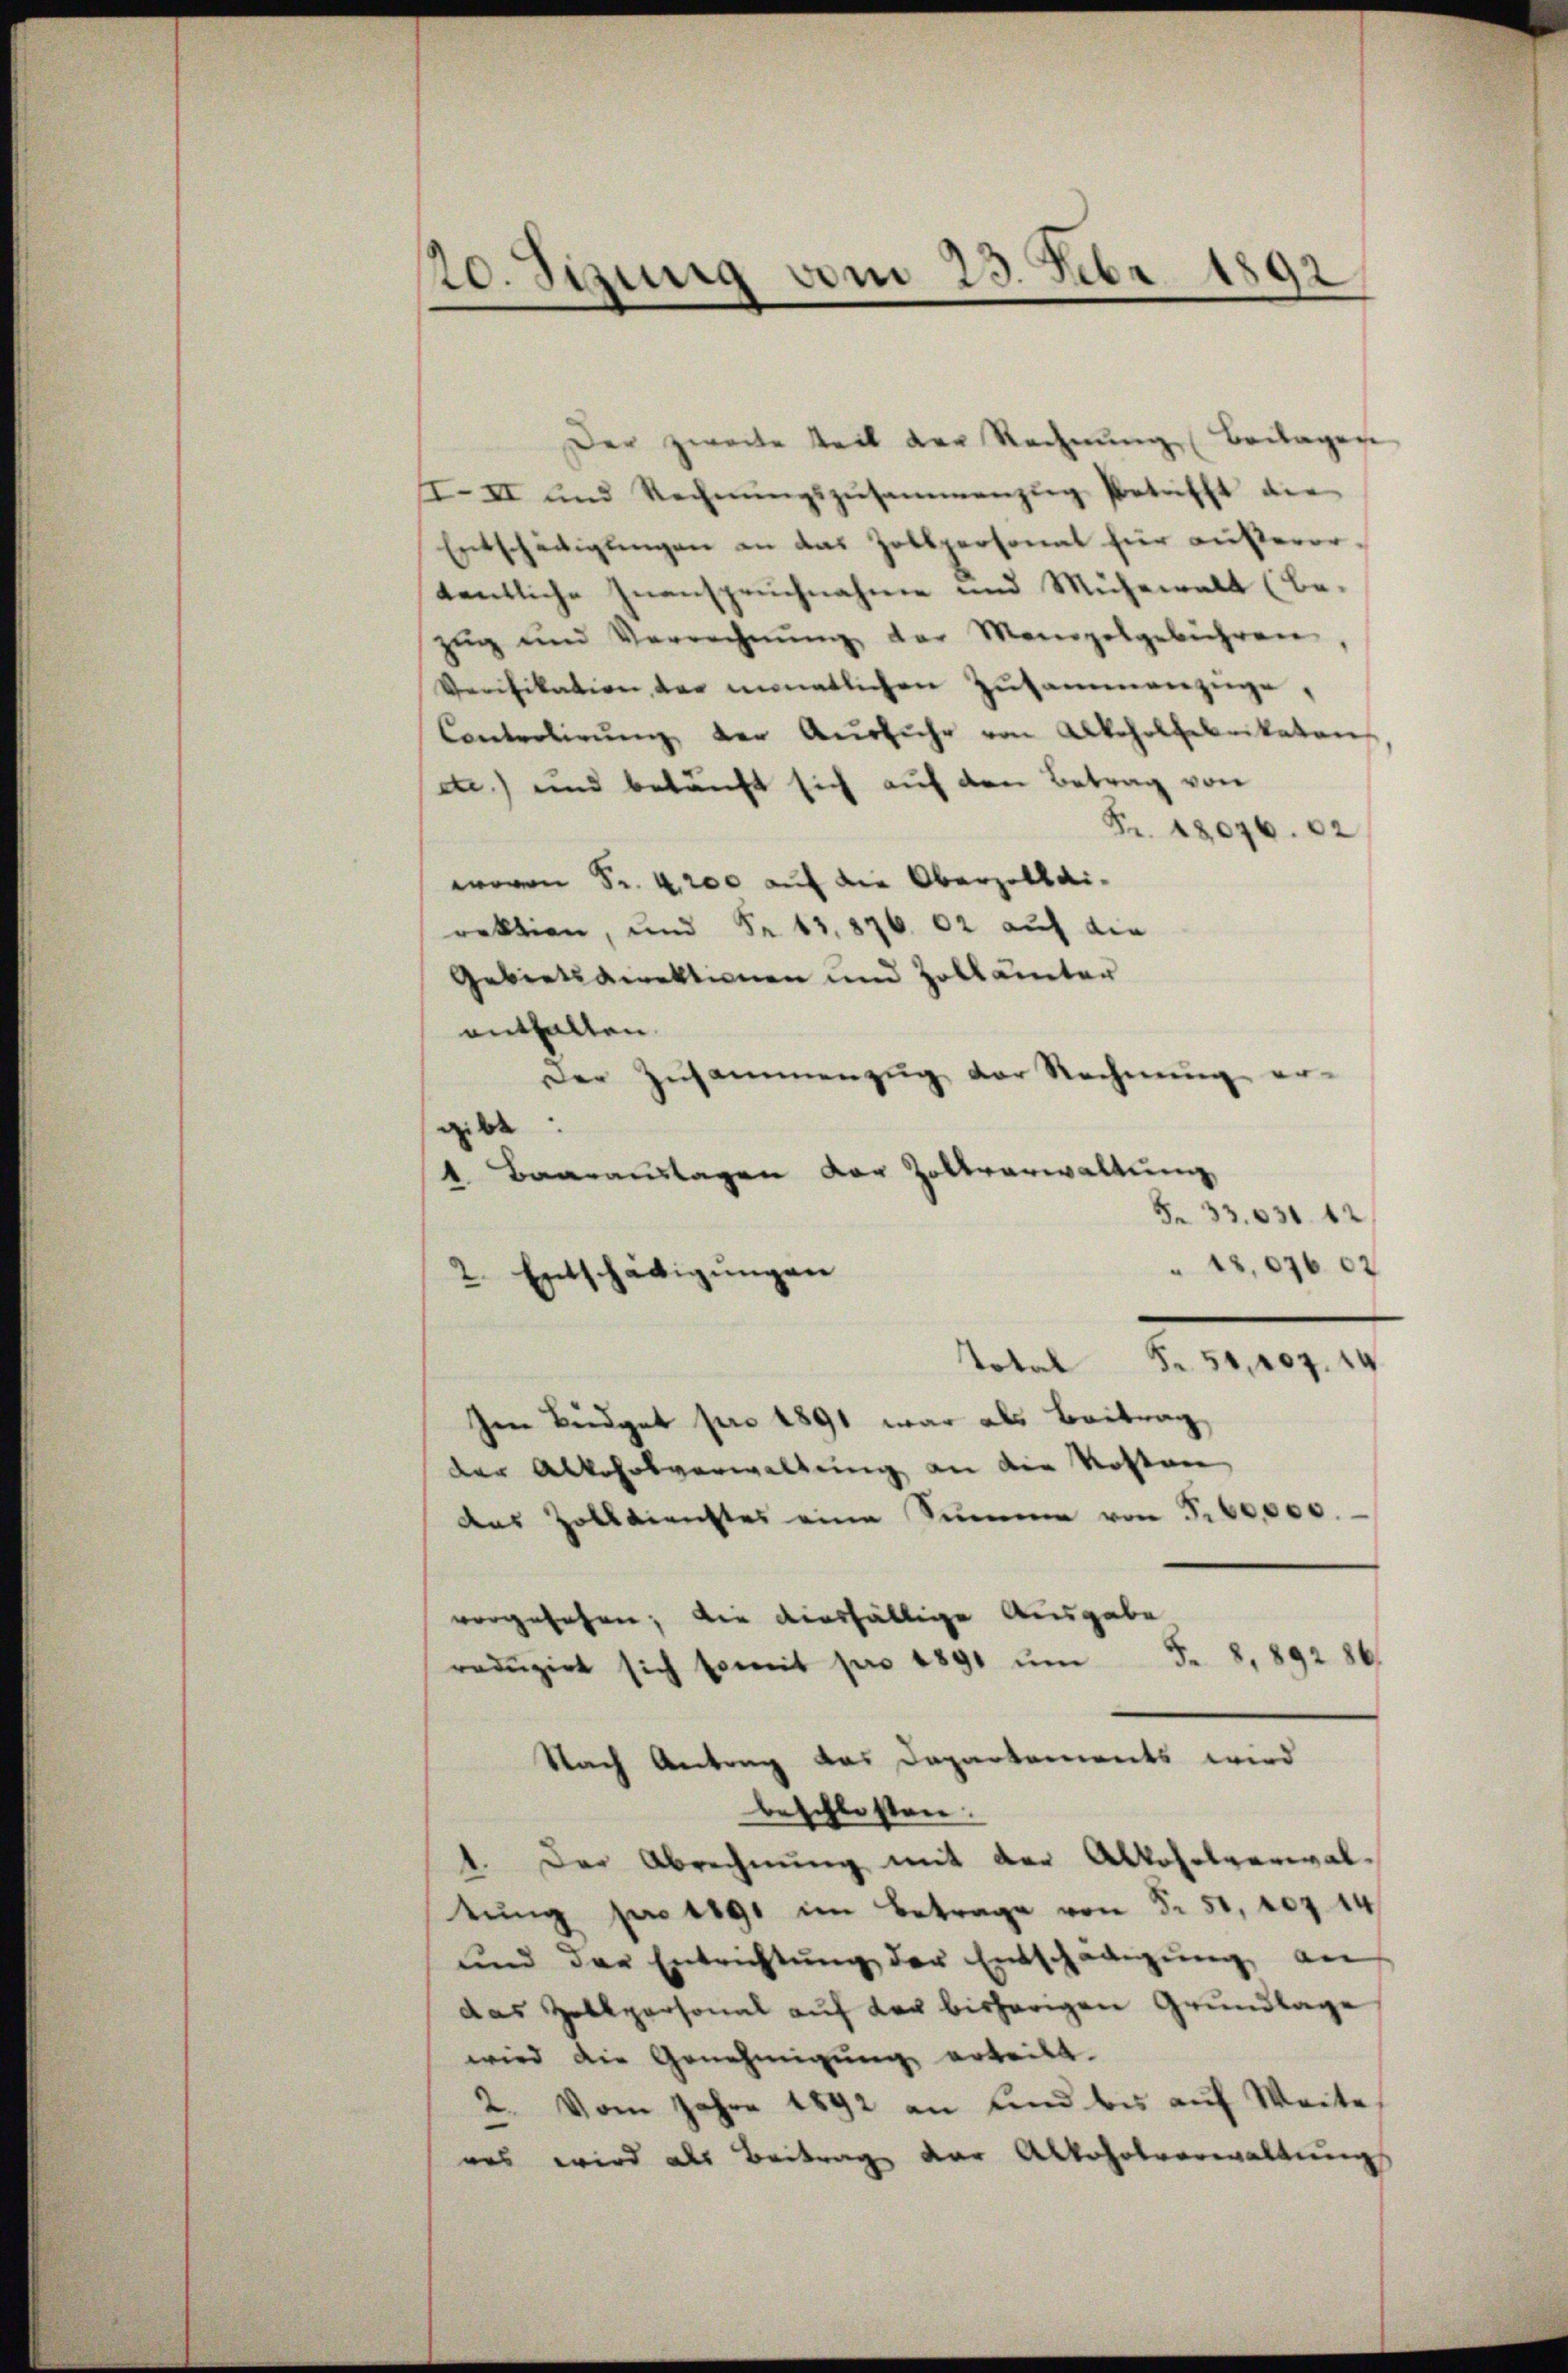
20. Sizung vom 23. Febr 1892.

Der zweite teil der Rechnung (Beilagen
III und Rechnŭngszusammenzŭg Patricht die
Entschädigungen an das Zollpersonat für außerordentliche Inanspruchnahme und Mühewalt (be-
zŭg und Verrechnŭng der Mangelgebühren,
Verifikation der monatlichen Zusammenzüge,
Controlirŭng der Ausfuhr von Alkoholfabrikaten
e) und beläuft sich auf den Betrag von
Fr. 18076. 62
wovon Fr. 4200 auf die Oberzollairektion, und Fr. 13. 876. 62 auf die
Gebietsdirektionen und Zollämter
enthalten.
Der Zusammenzug der Rechnung er-
gibt
1 Baarauslagen der Zollverwaltung
§ 33. 631. 12.
" 18,076 02
2. Entschädigŭngen
Total Fr. 50, 107. 14
Im Büdget pro 1891 war als Beitrag
der Alkoholverwaltung an die Kosten
des Zolldienstes eine Summe von Fr. 60,000.
vorgesehen; die diesfällige Ausgabe
redŭzirt sich somit pro 1891 ŭm S. 8, 892 86
Nach Antrag das Dapartements wird
beschlossen.
1. Der Abrechnung mit der Alkoholverwaltŭng pro 1891 im Betrage von S. 51, rez 14
und der Entrichtŭng der Entschädigŭng an
das Zollpersonal auf der bisherigen Grundlage
wird die Genehmigŭng erteilt.
2. Vom Jahre 1892 an sind bis auf Weite
was wird als Beitrag der Alkoholverwaltungs